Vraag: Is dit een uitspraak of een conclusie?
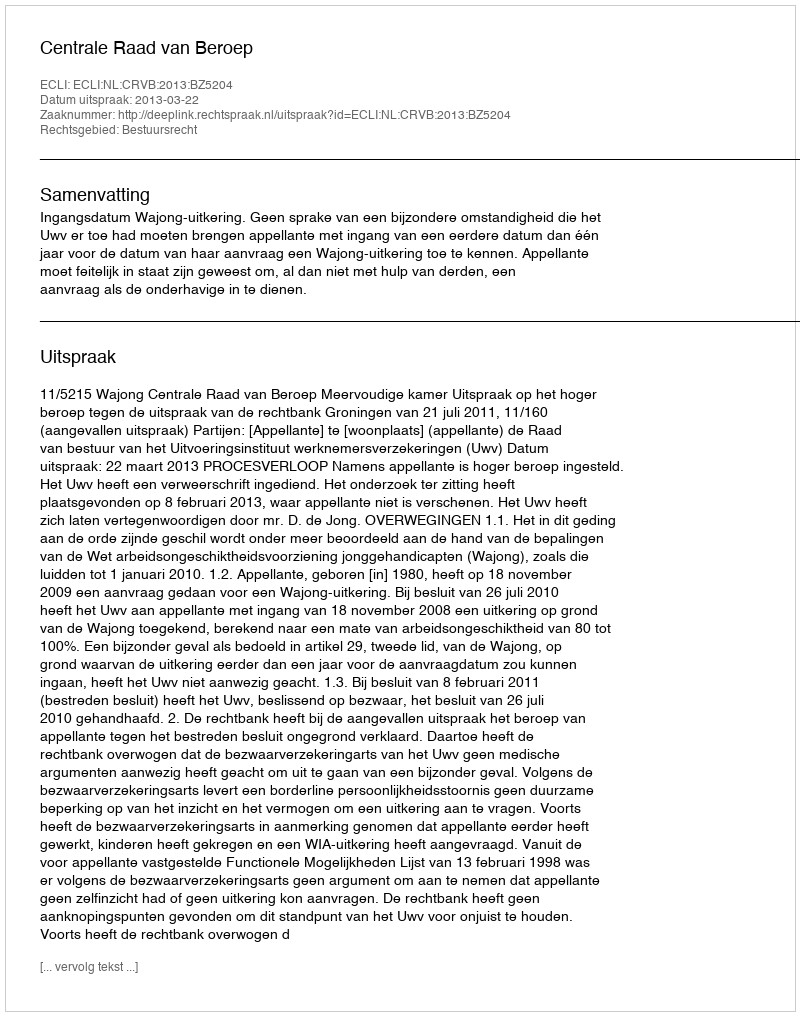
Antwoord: Uitspraak